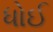
ધોઈ